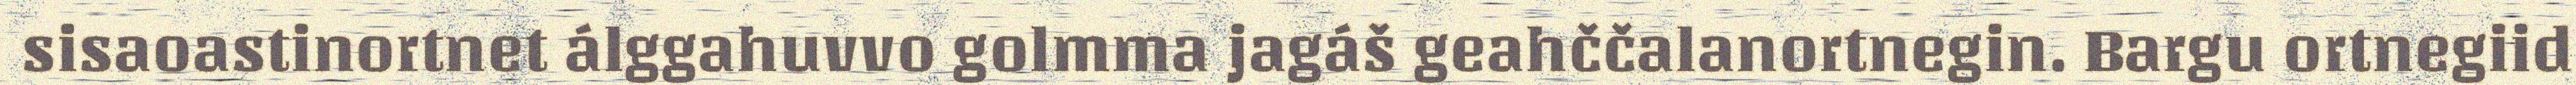
sisaoastinortnet álggahuvvo golmma jagáš geahččalanortnegin. Bargu ortnegiid